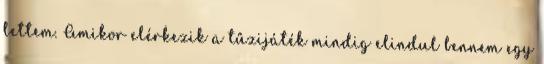
lettem. Amikor elérkezik a tűzijáték mindig elindul bennem egy